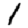
Digit: 1